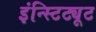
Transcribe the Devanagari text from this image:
इंन्स्टिट्यूट